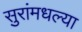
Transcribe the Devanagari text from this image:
सुरांमधल्या